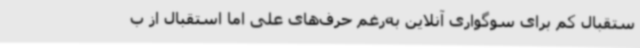
ستقبال کم برای سوگواری آنلاین به‌رغم حرف‌های علی اما استقبال از ب